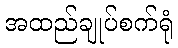
အထည်ချုပ်စက်ရုံ